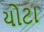
યોટા